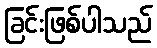
ခြင်းဖြစ်ပါသည်